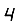
Digit: 4